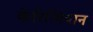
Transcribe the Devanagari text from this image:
केरिन्थियान